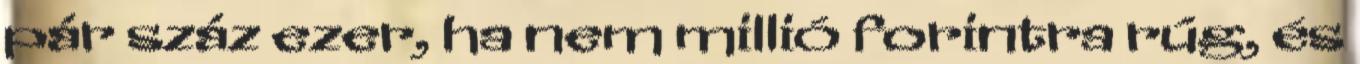
pár száz ezer, ha nem millió forintra rúg, és